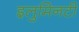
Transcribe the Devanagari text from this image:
इलुमिनटी